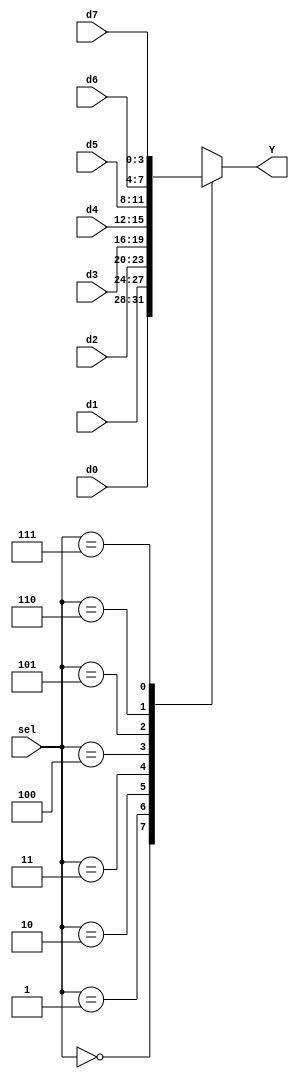
`timescale 1ns / 1ps
//****************************************************************// 
//                                                                // 
//  Created by Naoaki Takatsu on 02/12/2018.                      // 
//  Copyright  2018                                              //
//  Naoaki Takatsu. All rights reserved.                          // 
//                                                                // 
//                                                                // 
//  In submitting this file for class work at CSULB               // 
//  I am confirming that this is my work and the work             // 
//  of no one else. In submitting this code I acknowledge that    // 
//  plagiarism in student project work is subject to dismissal.   //  
//  from the class                                                // 
//****************************************************************//

module ad_mux(
	input [2:0]sel,   // select
	input [3:0]d7,    // data #7
	input [3:0]d6,    // data #6
	input [3:0]d5,    // data #5
	input [3:0]d4,    // data #4
	input [3:0]d3,    // data #3
	input [3:0]d2,    // data #2
	input	[3:0]d1,    // data #1
	input [3:0]d0,    // data #0
	output reg [3:0]Y // output data
    );
	
	always @(*)
	begin
	
		case(sel)
		
			3'b000:  Y[3:0] = d0[3:0]; // if sel is 000, output d0
			
			3'b001:  Y[3:0] = d1[3:0]; // if sel is 001, output d1
			
			3'b010:  Y[3:0] = d2[3:0]; // if sel is 010, output d2
			
			3'b011:  Y[3:0] = d3[3:0]; // if sel is 011, output d3
			
			3'b100:  Y[3:0] = d4[3:0]; // if sel is 100, output d4
			
			3'b101:  Y[3:0] = d5[3:0]; // if sel is 101, output d5
			
			3'b110:  Y[3:0] = d6[3:0]; // if sel is 110, output d6
			
			3'b111:  Y[3:0] = d7[3:0]; // if sel is 111, output d7
			
			default: Y[3:0] =  Y[3:0]; // if default, no change
			
		endcase
	
	end // always
	
endmodule